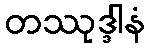
တဿုဒ္ဒါနံ